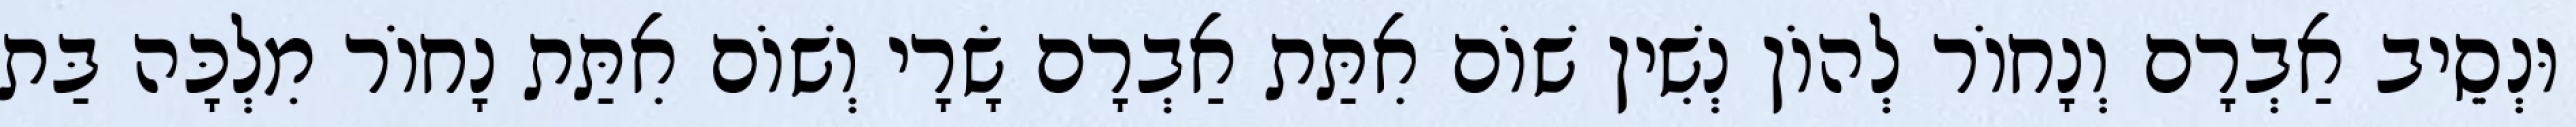
וּנְסֵיב אַבְרָם וְנָחוֹר לְהוֹן נְשִׁין שׁוֹם אִתַּת אַבְרָם שָׂרָי וְשׁוֹם אִתַּת נָחוֹר מִלְכָּה בַּת